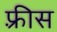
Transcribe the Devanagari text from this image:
फ़्रीस